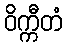
ဝိက္ကီတံ